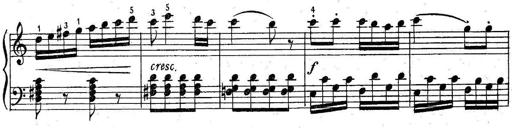
Title: 6 Easy Sonatinas
Composer: Carl Czerny